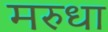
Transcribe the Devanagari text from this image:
मरुधा